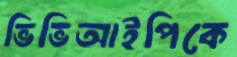
ভিভিআইপিকে